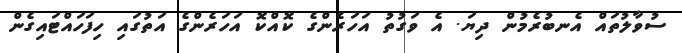
ސުވާލުތައް އެނބުރެމުން ދިޔަ. އެ ވަގުތު އަހަރެންގެ ކޮއްކޮ އަހަރެންގެ އަތުގައި ހިފަހައްޓައިގެން